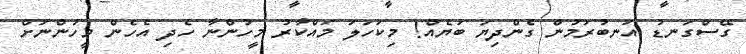
ގޭސްގަނޑު އަނބުރަމުން ގެންދިޔަ ބަޔެއް! މިކަހަލަ މައްކާރު މީހުންނާ ހެދި އެހެން މީހުންނަށް